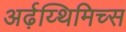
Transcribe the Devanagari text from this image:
अर्ढ़य्थिमिच्स